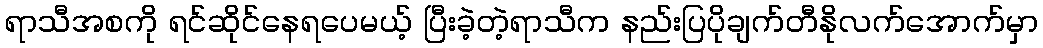
ရာသီအစကို ရင်ဆိုင်နေရပေမယ့် ပြီးခဲ့တဲ့ရာသီက နည်းပြပိုချက်တီနိုလက်အောက်မှာ